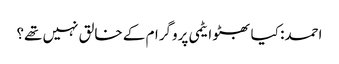
احمد: کیا بھٹو ایٹمی پروگرام کے خالق نہیں تھے؟